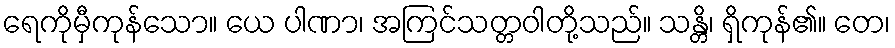
ရေကိုမှီကုန်သော။ ယေ ပါဏာ၊ အကြင်သတ္တဝါတို့သည်။ သန္တိ၊ ရှိကုန်၏။ တေ၊